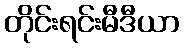
တိုင်းရင်းမီဒီယာ